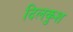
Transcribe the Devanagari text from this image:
दिलकुश